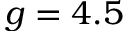
g = 4 . 5